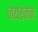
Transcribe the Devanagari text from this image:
जयरंजन